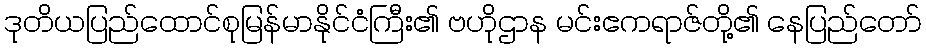
ဒုတိယပြည်ထောင်စုမြန်မာနိုင်ငံကြီး၏ ဗဟိုဌာန မင်းဧကရာဇ်တို့၏ နေပြည်တော်